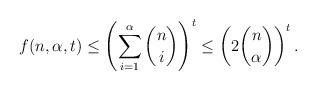
LaTeX: \begin{align*} f(n,\alpha,t)\leq \left(\sum_{i=1}^\alpha \binom{n}{i}\right)^t\leq \left(2\binom{n}{\alpha}\right)^{t}.\end{align*}